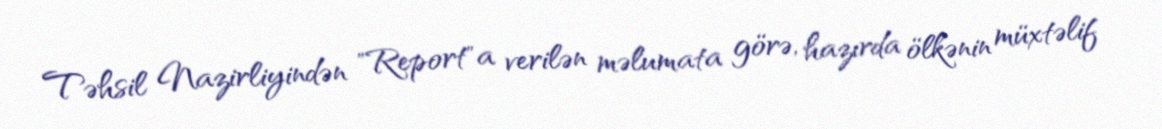
Təhsil Nazirliyindən "Report"a verilən məlumata görə, hazırda ölkənin müxtəlif